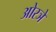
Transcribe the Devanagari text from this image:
ओरञे